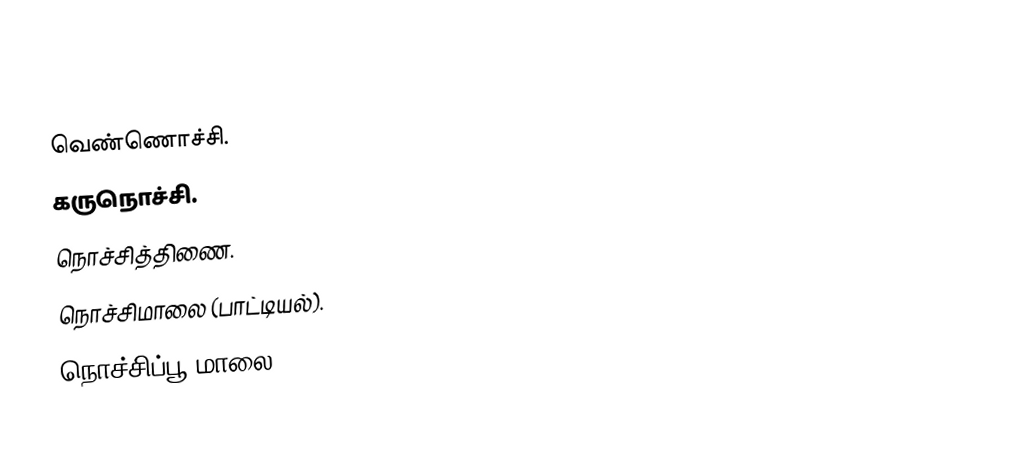
வெண்ணொச்சி.
 கருநொச்சி.
 நொச்சித்திணை.
 நொச்சிமாலை (பாட்டியல்).
 நொச்சிப்பூ மாலை.